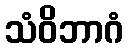
သံဝိဘာဂံ